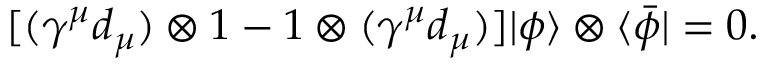
\lbrack ( \gamma ^ { \mu } { d } _ { \mu } ) \otimes 1 - 1 \otimes ( \gamma ^ { \mu } { d } _ { \mu } ) ] | \phi \rangle \otimes \langle \bar { \phi } | = 0 .